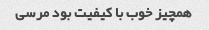
همچیز خوب با کیفیت بود مرسی